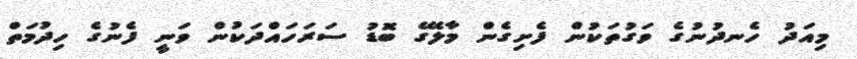
މިއަދު ހެނދުނުގެ ވަގުތަކުން ފެށިގެން މާލޭގެ ބޮޑު ސަރަހައްދަކުން ވަނީ ފެނުގެ ހިދުމަތް